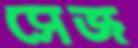
সেজ